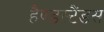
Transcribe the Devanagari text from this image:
हैण्डस्टैंडस